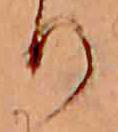
り